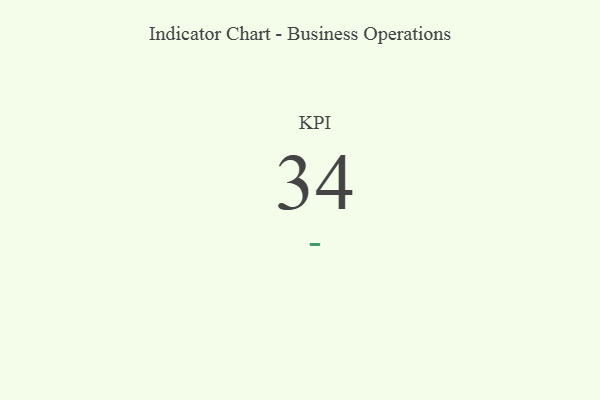
{"axis": {"x": "KPI", "y": "Value"}, "legend": [""], "data": [{"x": "KPI", "y": 34, "type": ""}]}